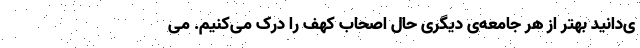
ی‌دانید بهتر از هر جامعه‌ی دیگری حال اصحاب کهف را درک می‌کنیم. می